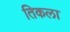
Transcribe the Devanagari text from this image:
तिकला